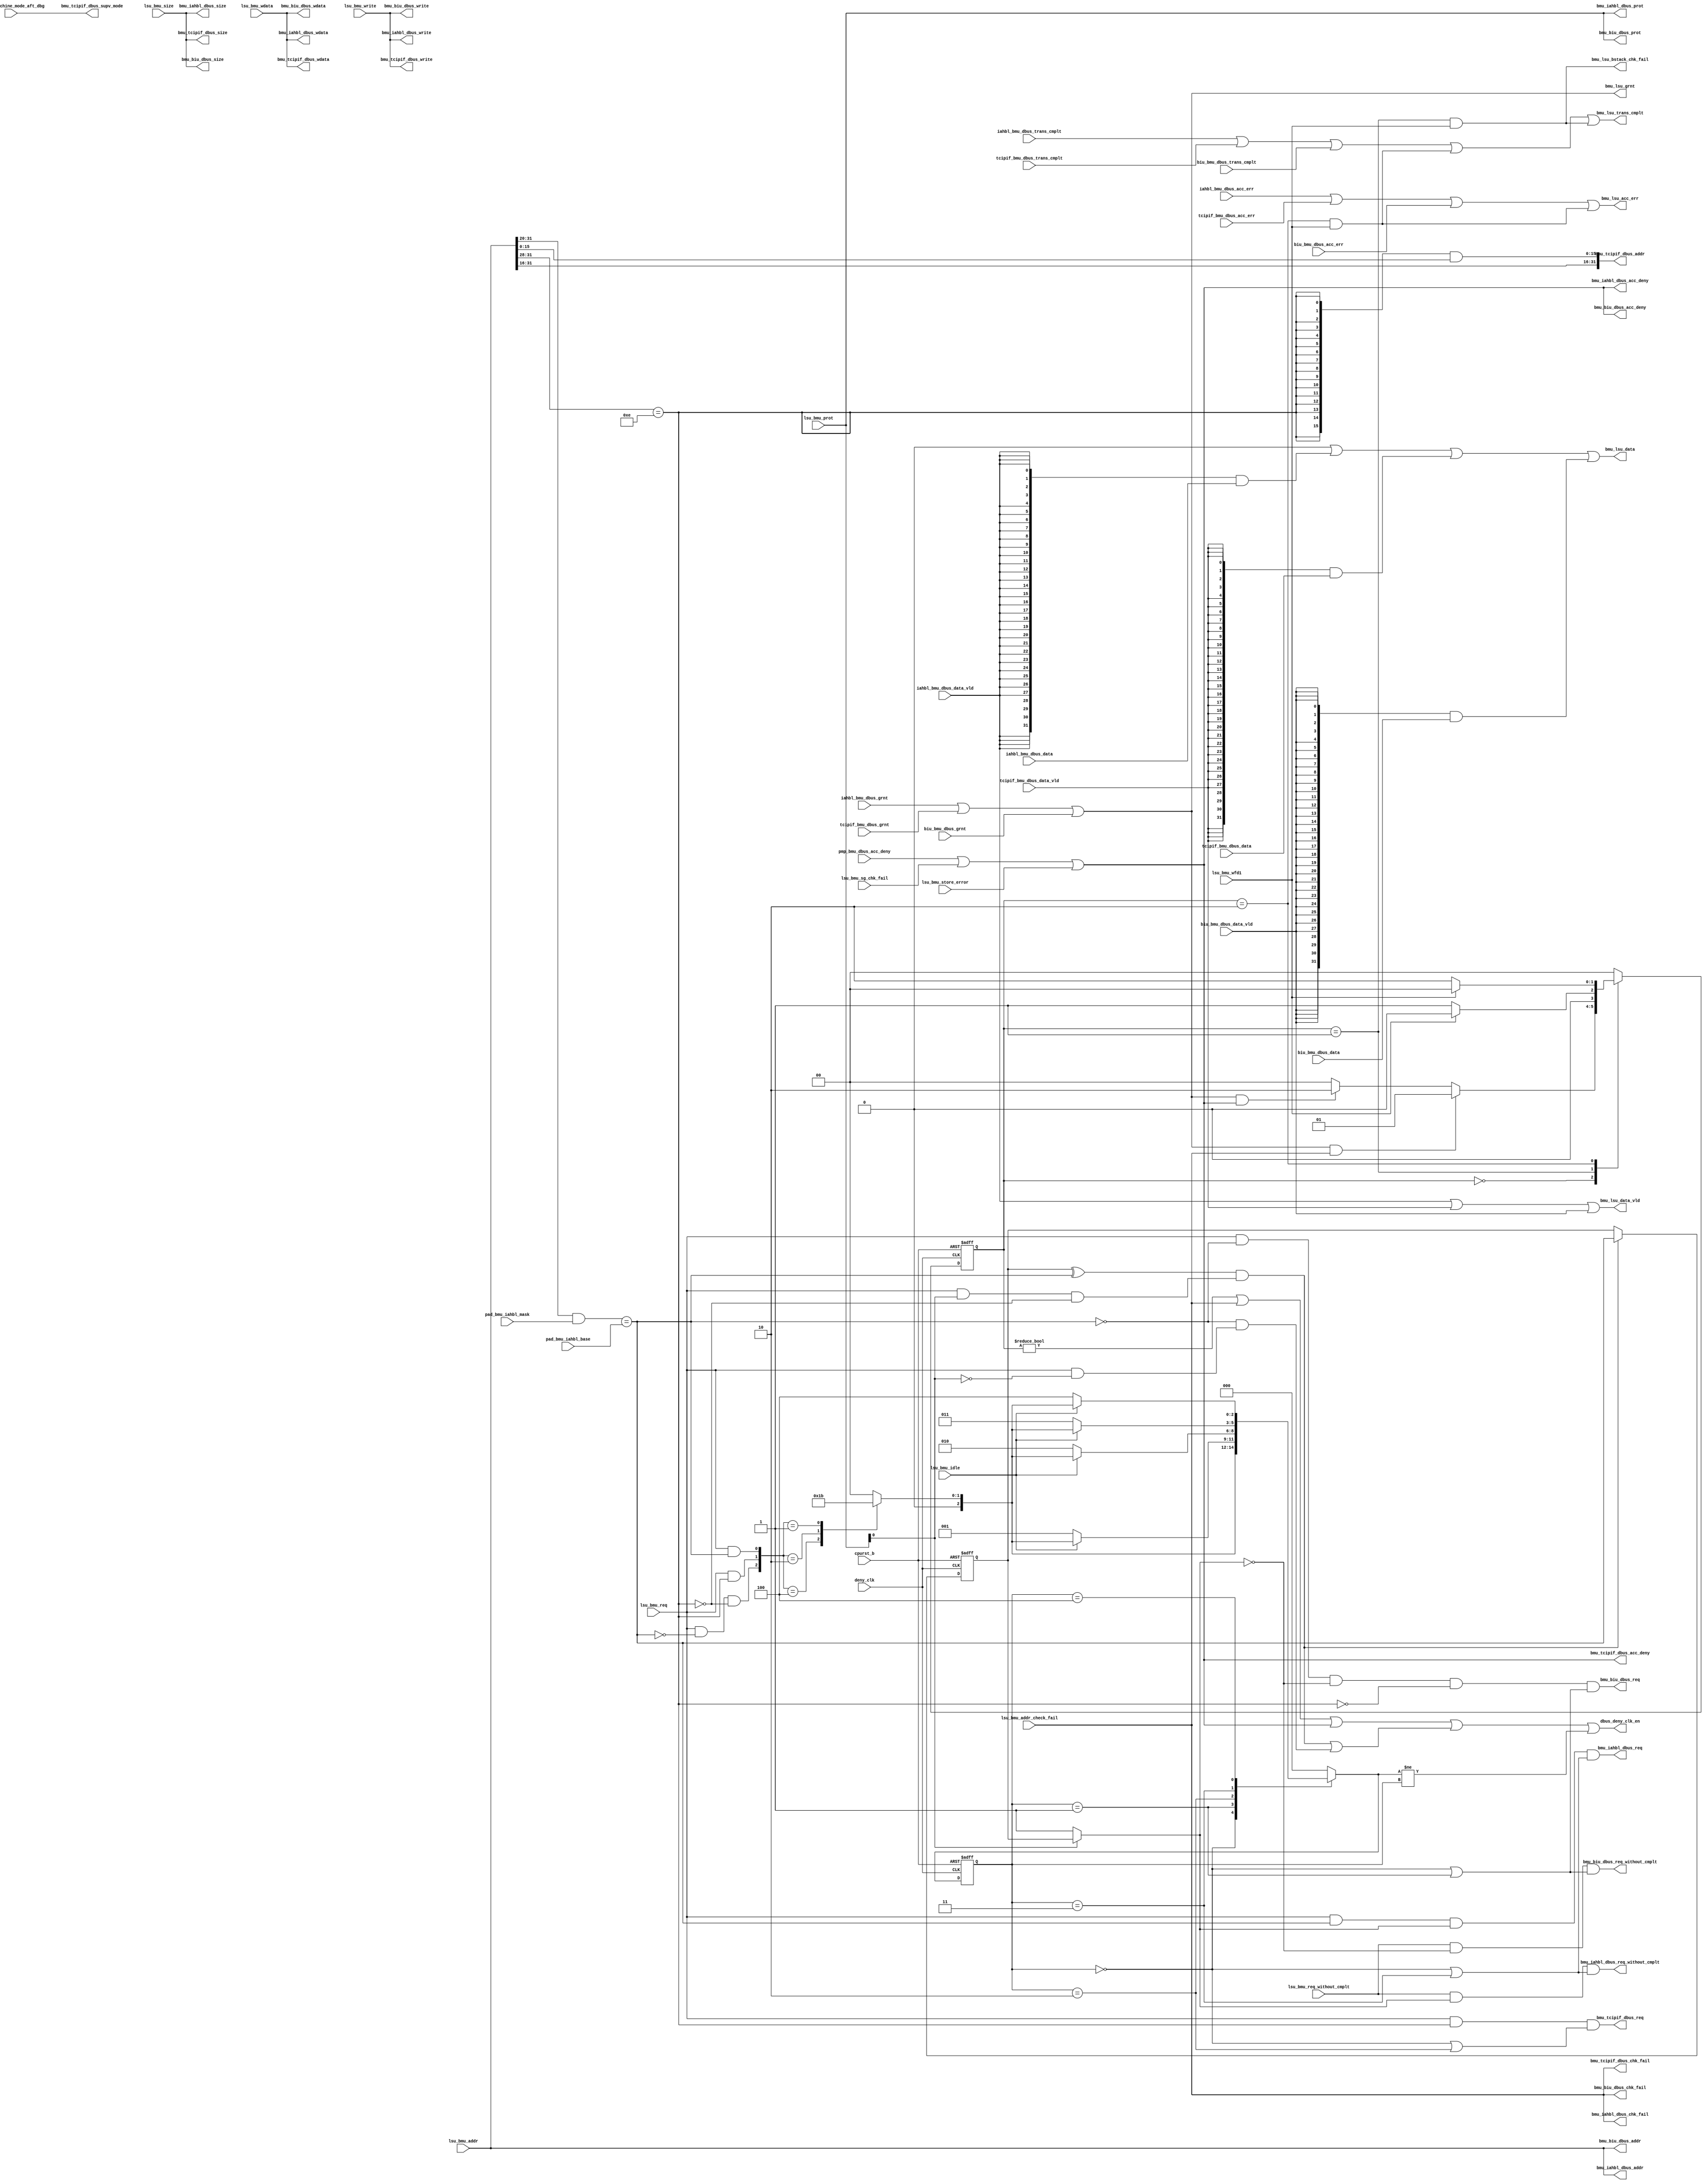
/*Copyright 2018-2021 T-Head Semiconductor Co., Ltd.

Licensed under the Apache License, Version 2.0 (the "License");
you may not use this file except in compliance with the License.
You may obtain a copy of the License at

    http://www.apache.org/licenses/LICENSE-2.0

Unless required by applicable law or agreed to in writing, software
distributed under the License is distributed on an "AS IS" BASIS,
WITHOUT WARRANTIES OR CONDITIONS OF ANY KIND, either express or implied.
See the License for the specific language governing permissions and
limitations under the License.
*/
module cr_bmu_dbus_if(
  biu_bmu_dbus_acc_err,
  biu_bmu_dbus_data,
  biu_bmu_dbus_data_vld,
  biu_bmu_dbus_grnt,
  biu_bmu_dbus_trans_cmplt,
  bmu_biu_dbus_acc_deny,
  bmu_biu_dbus_addr,
  bmu_biu_dbus_chk_fail,
  bmu_biu_dbus_prot,
  bmu_biu_dbus_req,
  bmu_biu_dbus_req_without_cmplt,
  bmu_biu_dbus_size,
  bmu_biu_dbus_wdata,
  bmu_biu_dbus_write,
  bmu_iahbl_dbus_acc_deny,
  bmu_iahbl_dbus_addr,
  bmu_iahbl_dbus_chk_fail,
  bmu_iahbl_dbus_prot,
  bmu_iahbl_dbus_req,
  bmu_iahbl_dbus_req_without_cmplt,
  bmu_iahbl_dbus_size,
  bmu_iahbl_dbus_wdata,
  bmu_iahbl_dbus_write,
  bmu_lsu_acc_err,
  bmu_lsu_bstack_chk_fail,
  bmu_lsu_data,
  bmu_lsu_data_vld,
  bmu_lsu_grnt,
  bmu_lsu_trans_cmplt,
  bmu_tcipif_dbus_acc_deny,
  bmu_tcipif_dbus_addr,
  bmu_tcipif_dbus_chk_fail,
  bmu_tcipif_dbus_req,
  bmu_tcipif_dbus_size,
  bmu_tcipif_dbus_supv_mode,
  bmu_tcipif_dbus_wdata,
  bmu_tcipif_dbus_write,
  cp0_yy_machine_mode_aft_dbg,
  cpurst_b,
  dbus_deny_clk_en,
  deny_clk,
  iahbl_bmu_dbus_acc_err,
  iahbl_bmu_dbus_data,
  iahbl_bmu_dbus_data_vld,
  iahbl_bmu_dbus_grnt,
  iahbl_bmu_dbus_trans_cmplt,
  lsu_bmu_addr,
  lsu_bmu_addr_check_fail,
  lsu_bmu_idle,
  lsu_bmu_prot,
  lsu_bmu_req,
  lsu_bmu_req_without_cmplt,
  lsu_bmu_sg_chk_fail,
  lsu_bmu_size,
  lsu_bmu_store_error,
  lsu_bmu_wdata,
  lsu_bmu_wfd1,
  lsu_bmu_write,
  pad_bmu_iahbl_base,
  pad_bmu_iahbl_mask,
  pmp_bmu_dbus_acc_deny,
  tcipif_bmu_dbus_acc_err,
  tcipif_bmu_dbus_data,
  tcipif_bmu_dbus_data_vld,
  tcipif_bmu_dbus_grnt,
  tcipif_bmu_dbus_trans_cmplt
);

// &Ports; @25
input           biu_bmu_dbus_acc_err;            
input   [31:0]  biu_bmu_dbus_data;               
input           biu_bmu_dbus_data_vld;           
input           biu_bmu_dbus_grnt;               
input           biu_bmu_dbus_trans_cmplt;        
input           cp0_yy_machine_mode_aft_dbg;     
input           cpurst_b;                        
input           deny_clk;                        
input           iahbl_bmu_dbus_acc_err;          
input   [31:0]  iahbl_bmu_dbus_data;             
input           iahbl_bmu_dbus_data_vld;         
input           iahbl_bmu_dbus_grnt;             
input           iahbl_bmu_dbus_trans_cmplt;      
input   [31:0]  lsu_bmu_addr;                    
input           lsu_bmu_addr_check_fail;         
input           lsu_bmu_idle;                    
input   [3 :0]  lsu_bmu_prot;                    
input           lsu_bmu_req;                     
input           lsu_bmu_req_without_cmplt;       
input           lsu_bmu_sg_chk_fail;             
input   [1 :0]  lsu_bmu_size;                    
input           lsu_bmu_store_error;             
input   [31:0]  lsu_bmu_wdata;                   
input           lsu_bmu_wfd1;                    
input           lsu_bmu_write;                   
input   [11:0]  pad_bmu_iahbl_base;              
input   [11:0]  pad_bmu_iahbl_mask;              
input           pmp_bmu_dbus_acc_deny;           
input           tcipif_bmu_dbus_acc_err;         
input   [31:0]  tcipif_bmu_dbus_data;            
input           tcipif_bmu_dbus_data_vld;        
input           tcipif_bmu_dbus_grnt;            
input           tcipif_bmu_dbus_trans_cmplt;     
output          bmu_biu_dbus_acc_deny;           
output  [31:0]  bmu_biu_dbus_addr;               
output          bmu_biu_dbus_chk_fail;           
output  [3 :0]  bmu_biu_dbus_prot;               
output          bmu_biu_dbus_req;                
output          bmu_biu_dbus_req_without_cmplt;  
output  [1 :0]  bmu_biu_dbus_size;               
output  [31:0]  bmu_biu_dbus_wdata;              
output          bmu_biu_dbus_write;              
output          bmu_iahbl_dbus_acc_deny;         
output  [31:0]  bmu_iahbl_dbus_addr;             
output          bmu_iahbl_dbus_chk_fail;         
output  [3 :0]  bmu_iahbl_dbus_prot;             
output          bmu_iahbl_dbus_req;              
output          bmu_iahbl_dbus_req_without_cmplt; 
output  [1 :0]  bmu_iahbl_dbus_size;             
output  [31:0]  bmu_iahbl_dbus_wdata;            
output          bmu_iahbl_dbus_write;            
output          bmu_lsu_acc_err;                 
output          bmu_lsu_bstack_chk_fail;         
output  [31:0]  bmu_lsu_data;                    
output          bmu_lsu_data_vld;                
output          bmu_lsu_grnt;                    
output          bmu_lsu_trans_cmplt;             
output          bmu_tcipif_dbus_acc_deny;        
output  [31:0]  bmu_tcipif_dbus_addr;            
output          bmu_tcipif_dbus_chk_fail;        
output          bmu_tcipif_dbus_req;             
output  [1 :0]  bmu_tcipif_dbus_size;            
output          bmu_tcipif_dbus_supv_mode;       
output  [31:0]  bmu_tcipif_dbus_wdata;           
output          bmu_tcipif_dbus_write;           
output          dbus_deny_clk_en;                

// &Regs; @26
reg     [2 :0]  cross_cur_st;                    
reg     [2 :0]  cross_nxt_st;                    
reg     [1 :0]  cur_state;                       
reg             iahbl_norm_hit_ff;               
reg     [1 :0]  next_state;                      
reg     [2 :0]  req_bus;                         

// &Wires; @27
wire            acc_deny;                        
wire            acc_err_for_deny;                
wire            biu_bmu_dbus_acc_err;            
wire    [31:0]  biu_bmu_dbus_data;               
wire            biu_bmu_dbus_data_vld;           
wire            biu_bmu_dbus_grnt;               
wire            biu_bmu_dbus_trans_cmplt;        
wire            biu_data_vld;                    
wire            bmu_biu_dbus_acc_deny;           
wire    [31:0]  bmu_biu_dbus_addr;               
wire            bmu_biu_dbus_chk_fail;           
wire    [3 :0]  bmu_biu_dbus_prot;               
wire            bmu_biu_dbus_req;                
wire            bmu_biu_dbus_req_without_cmplt;  
wire    [1 :0]  bmu_biu_dbus_size;               
wire    [31:0]  bmu_biu_dbus_wdata;              
wire            bmu_biu_dbus_write;              
wire            bmu_iahbl_dbus_acc_deny;         
wire    [31:0]  bmu_iahbl_dbus_addr;             
wire            bmu_iahbl_dbus_chk_fail;         
wire    [3 :0]  bmu_iahbl_dbus_prot;             
wire            bmu_iahbl_dbus_req;              
wire            bmu_iahbl_dbus_req_without_cmplt; 
wire    [1 :0]  bmu_iahbl_dbus_size;             
wire    [31:0]  bmu_iahbl_dbus_wdata;            
wire            bmu_iahbl_dbus_write;            
wire            bmu_lsu_acc_err;                 
wire            bmu_lsu_bstack_chk_fail;         
wire    [31:0]  bmu_lsu_data;                    
wire            bmu_lsu_data_vld;                
wire            bmu_lsu_grnt;                    
wire            bmu_lsu_trans_cmplt;             
wire            bmu_tcipif_dbus_acc_deny;        
wire    [31:0]  bmu_tcipif_dbus_addr;            
wire            bmu_tcipif_dbus_chk_fail;        
wire            bmu_tcipif_dbus_req;             
wire    [1 :0]  bmu_tcipif_dbus_size;            
wire            bmu_tcipif_dbus_supv_mode;       
wire    [31:0]  bmu_tcipif_dbus_wdata;           
wire            bmu_tcipif_dbus_write;           
wire            bstck_chk_fail;                  
wire            cp0_yy_machine_mode_aft_dbg;     
wire            cpurst_b;                        
wire            cross_fsm_upd;                   
wire            cross_iahbl;                     
wire            cross_idle;                      
wire            cross_sahbl;                     
wire            cross_tcip;                      
wire            dahbl_bmu_dbus_acc_err;          
wire    [31:0]  dahbl_bmu_dbus_data;             
wire            dahbl_bmu_dbus_data_vld;         
wire            dahbl_bmu_dbus_grnt;             
wire            dahbl_bmu_dbus_trans_cmplt;      
wire            dahbl_data_vld;                  
wire            dahbl_hit;                       
wire            dahbl_hit_ff;                    
wire            dahbl_hit_upd;                   
wire            dahbl_req;                       
wire            dbus_deny_clk_en;                
wire            dbus_grnt;                       
wire            deny_clk;                        
wire            iahbl_bmu_dbus_acc_err;          
wire    [31:0]  iahbl_bmu_dbus_data;             
wire            iahbl_bmu_dbus_data_vld;         
wire            iahbl_bmu_dbus_grnt;             
wire            iahbl_bmu_dbus_trans_cmplt;      
wire            iahbl_data_vld;                  
wire            iahbl_hit;                       
wire            iahbl_hit_ff;                    
wire            iahbl_hit_upd;                   
wire            iahbl_lrw_hit;                   
wire            iahbl_lrw_hit_ff;                
wire            iahbl_lrw_hit_upd;               
wire            iahbl_norm_hit_upd;              
wire            iahbl_req;                       
wire            iahbl_vld;                       
wire    [31:0]  lsu_bmu_addr;                    
wire            lsu_bmu_addr_check_fail;         
wire            lsu_bmu_idle;                    
wire    [3 :0]  lsu_bmu_prot;                    
wire            lsu_bmu_req;                     
wire            lsu_bmu_req_without_cmplt;       
wire            lsu_bmu_sg_chk_fail;             
wire    [1 :0]  lsu_bmu_size;                    
wire            lsu_bmu_store_error;             
wire    [31:0]  lsu_bmu_wdata;                   
wire            lsu_bmu_wfd1;                    
wire            lsu_bmu_write;                   
wire            lsu_inst_lrw;                    
wire            lsu_inst_norm;                   
wire    [11:0]  pad_bmu_iahbl_base;              
wire    [11:0]  pad_bmu_iahbl_mask;              
wire            pmp_bmu_dbus_acc_deny;           
wire            sahbl_req;                       
wire            sahbl_vld;                       
wire            tcip_req;                        
wire            tcip_vld;                        
wire    [15:0]  tcipif_addr_low;                 
wire            tcipif_bmu_dbus_acc_err;         
wire    [31:0]  tcipif_bmu_dbus_data;            
wire            tcipif_bmu_dbus_data_vld;        
wire            tcipif_bmu_dbus_grnt;            
wire            tcipif_bmu_dbus_trans_cmplt;     
wire            tcipif_data_vld;                 
wire            tcipif_hit;                      


//parameter DAHBL_BASE  = 3'b001;
parameter TCIPIF_BASE = 4'b1110;

assign acc_deny =  pmp_bmu_dbus_acc_deny 
                || lsu_bmu_sg_chk_fail
                || lsu_bmu_store_error;
//==========================================================
//      compare base address with ahbl base addr
//==========================================================
assign lsu_inst_norm = lsu_bmu_req & lsu_bmu_prot[0] & !tcipif_hit;
assign lsu_inst_lrw  = lsu_bmu_req & !lsu_bmu_prot[0];

assign dahbl_hit     = 1'b0;
assign dahbl_hit_ff  = 1'b0;
assign dahbl_hit_upd = 1'b0;

assign iahbl_hit = ((lsu_bmu_addr[31:20] & pad_bmu_iahbl_mask[11:0]) == pad_bmu_iahbl_base[11:0]);
assign iahbl_lrw_hit = iahbl_hit;

assign iahbl_norm_hit_upd = (iahbl_norm_hit_ff ^ iahbl_hit) & lsu_inst_norm;
always @(posedge deny_clk or negedge cpurst_b)
begin
  if(!cpurst_b)
    iahbl_norm_hit_ff <= 1'b0;
  else if(iahbl_norm_hit_upd)
    iahbl_norm_hit_ff <= iahbl_hit;
  else
    iahbl_norm_hit_ff <= iahbl_norm_hit_ff;
end

assign iahbl_lrw_hit_upd = (iahbl_lrw_hit_ff ^ iahbl_lrw_hit) & lsu_inst_lrw;
//always @(posedge deny_clk or negedge cpurst_b)
//begin
//  if(!cpurst_b)
//    iahbl_lrw_hit_ff <= 1'b1;
//  else if(iahbl_lrw_hit_upd)
//    iahbl_lrw_hit_ff <= iahbl_lrw_hit;
//  else
//    iahbl_lrw_hit_ff <= iahbl_lrw_hit_ff;
//end
assign iahbl_lrw_hit_ff = 1'b1;
assign iahbl_hit_ff  = !lsu_bmu_prot[0] ? iahbl_lrw_hit_ff : iahbl_norm_hit_ff;
assign iahbl_hit_upd = iahbl_norm_hit_upd || iahbl_lrw_hit_upd;

//==========================================================
//                    cross bus req judgement & mask
//==========================================================
// cross FSM: Cross IDLE, SysAHBL, TCIP, IAHBL, DAHBL
parameter CIDLE = 3'b000;
parameter SAHBL = 3'b001;
parameter CTCIP = 3'b010;
parameter IAHBL = 3'b011;
parameter DAHBL = 3'b100;

always @(posedge deny_clk or negedge cpurst_b)
begin
  if(!cpurst_b)
    cross_cur_st[2:0] <= CIDLE;
  else
    cross_cur_st[2:0] <= cross_nxt_st[2:0];
end

assign sahbl_req = lsu_bmu_req && !iahbl_hit && !dahbl_hit && !tcipif_hit;
assign iahbl_req = lsu_bmu_req &&  iahbl_hit;
assign dahbl_req = lsu_bmu_req &&  dahbl_hit;
assign tcip_req  = lsu_bmu_req && tcipif_hit;
assign cross_fsm_upd = cross_nxt_st[2:0] != cross_cur_st[2:0];

// &CombBeg; @139
always @( sahbl_req
       or iahbl_req
       or dahbl_req
       or tcip_req)
begin
case({sahbl_req, tcip_req, iahbl_req, dahbl_req})
  4'b1000:
    req_bus[2:0] = SAHBL;
  4'b0100:
    req_bus[2:0] = CTCIP;
  4'b0010:
    req_bus[2:0] = IAHBL;
  4'b0001:
    req_bus[2:0] = DAHBL;
  default:
    req_bus[2:0] = CIDLE;
endcase
// &CombEnd; @152
end

// &CombBeg; @154
always @( sahbl_req
       or lsu_bmu_idle
       or req_bus
       or dahbl_req
       or iahbl_req
       or tcip_req
       or cross_cur_st)
begin
case(cross_cur_st)
  CIDLE:
  begin
    case({sahbl_req, tcip_req, iahbl_req, dahbl_req})
      4'b1000:
        cross_nxt_st = SAHBL;
      4'b0100:
        cross_nxt_st = CTCIP;
      4'b0010:
        cross_nxt_st = IAHBL;
      4'b0001:
        cross_nxt_st = DAHBL;
      default:
        cross_nxt_st = CIDLE;
    endcase
  end
  SAHBL:
  begin
    if(lsu_bmu_idle)
      cross_nxt_st = req_bus;
    else
      cross_nxt_st = SAHBL;
  end
  CTCIP:
  begin
    if(lsu_bmu_idle)
      cross_nxt_st = req_bus;
    else
      cross_nxt_st = CTCIP;
  end
  IAHBL:
  begin
    if(lsu_bmu_idle)
      cross_nxt_st = req_bus;
    else
      cross_nxt_st = IAHBL;
  end
  DAHBL:
  begin
    if(lsu_bmu_idle)
      cross_nxt_st = req_bus;
    else
      cross_nxt_st = DAHBL;
  end
  default:
  begin
    cross_nxt_st = CIDLE;
  end
endcase
// &CombEnd; @204
end

assign cross_idle  = cross_cur_st == CIDLE;
assign cross_sahbl = cross_cur_st == SAHBL;

assign sahbl_vld = cross_idle || cross_sahbl;
assign cross_tcip  = cross_cur_st == CTCIP;
assign tcip_vld    = cross_idle || cross_tcip;
assign cross_iahbl = cross_cur_st == IAHBL;
assign iahbl_vld   = cross_idle || cross_iahbl;

//==========================================================
//                    request to AHBLite Interface
//==========================================================
// &Force("input","lsu_bmu_wdata"); @226
// &Force("bus","lsu_bmu_wdata",31,0); @227
// &Force("input","lsu_bmu_wdata_pol"); @229

//interface to DLITE
assign dahbl_bmu_dbus_acc_err     = 1'b0;
assign dahbl_bmu_dbus_data[31:0]  = 32'b0;
assign dahbl_bmu_dbus_data_vld    = 1'b0;
assign dahbl_bmu_dbus_grnt        = 1'b0;
assign dahbl_bmu_dbus_trans_cmplt = 1'b0;

//interface to ILTE
assign bmu_iahbl_dbus_req         = lsu_bmu_req & iahbl_hit & iahbl_hit_ff
                                  & iahbl_vld;
assign bmu_iahbl_dbus_req_without_cmplt = lsu_bmu_req_without_cmplt
                                          & iahbl_hit_ff & iahbl_vld;
assign bmu_iahbl_dbus_acc_deny    = acc_deny;
assign bmu_iahbl_dbus_chk_fail    = lsu_bmu_addr_check_fail;
assign bmu_iahbl_dbus_write       = lsu_bmu_write;
assign bmu_iahbl_dbus_size[1:0]   = lsu_bmu_size[1:0];

assign bmu_iahbl_dbus_wdata[31:0] = lsu_bmu_wdata[31:0];
assign bmu_iahbl_dbus_addr[31:0]  = lsu_bmu_addr[31:0];
assign bmu_iahbl_dbus_prot[3:0]   = lsu_bmu_prot[3:0]; 

//==========================================================
//                    request to system register file
//==========================================================
assign tcipif_hit = (lsu_bmu_addr[31:28] == TCIPIF_BASE);
assign bmu_tcipif_dbus_req         = lsu_bmu_req & tcipif_hit & tcip_vld;
assign bmu_tcipif_dbus_acc_deny    = acc_deny;
assign bmu_tcipif_dbus_chk_fail    = lsu_bmu_addr_check_fail;
assign bmu_tcipif_dbus_write       = lsu_bmu_write;
assign bmu_tcipif_dbus_size[1:0]   = lsu_bmu_size[1:0];
assign bmu_tcipif_dbus_supv_mode   = cp0_yy_machine_mode_aft_dbg;
assign bmu_tcipif_dbus_wdata[31:0] = lsu_bmu_wdata[31:0];
assign tcipif_addr_low[15:0]       = {16{tcipif_hit}}
                                     & lsu_bmu_addr[15:0];
assign bmu_tcipif_dbus_addr[31:0]  = {lsu_bmu_addr[31:16],
                                      tcipif_addr_low[15:0]};

//==========================================================
//                    request to system bus
//==========================================================
assign bmu_biu_dbus_req         = lsu_bmu_req & ~iahbl_hit & ~dahbl_hit
                               & ~iahbl_hit_ff & ~dahbl_hit_ff
                               & ~tcipif_hit & sahbl_vld;
assign bmu_biu_dbus_req_without_cmplt = lsu_bmu_req_without_cmplt 
                                     & ~iahbl_hit_ff & ~dahbl_hit_ff 
                                     & sahbl_vld;
assign bmu_biu_dbus_acc_deny    = acc_deny;
assign bmu_biu_dbus_chk_fail    = lsu_bmu_addr_check_fail;
assign bmu_biu_dbus_write       = lsu_bmu_write;
assign bmu_biu_dbus_size[1:0]   = lsu_bmu_size[1:0];

assign bmu_biu_dbus_wdata[31:0] = lsu_bmu_wdata[31:0];

assign bmu_biu_dbus_addr[31:0]  = lsu_bmu_addr[31:0];
assign bmu_biu_dbus_prot[3:0]   = lsu_bmu_prot[3:0]; 


//==========================================================
//                BMU ACK to LSU
//==========================================================
assign dbus_grnt        = dahbl_bmu_dbus_grnt  |
                          iahbl_bmu_dbus_grnt  |
                          tcipif_bmu_dbus_grnt |
                          biu_bmu_dbus_grnt;
assign bmu_lsu_grnt = dbus_grnt;

//the deny info
//the check fail info
parameter IDLE        = 2'b00;
parameter BSTACK_FAIL = 2'b01;
parameter DENY        = 2'b10;
assign dbus_deny_clk_en = (cur_state != IDLE)
                       || lsu_bmu_addr_check_fail
                       || acc_deny 
                       || iahbl_hit_upd
                       || dahbl_hit_upd
                       || cross_fsm_upd;

//            &Force("nonport","dbus_deny_clk_en"); @410
always @(posedge deny_clk or negedge cpurst_b)
begin
  if(!cpurst_b)
    cur_state[1:0] <= IDLE;
  else
    cur_state[1:0] <= next_state[1:0];
end

// &CombBeg; @424
always @( cur_state
       or dbus_grnt
       or acc_deny
       or lsu_bmu_wfd1
       or lsu_bmu_addr_check_fail)
begin
  case(cur_state)
  IDLE        : if(dbus_grnt && lsu_bmu_addr_check_fail)
                  next_state = BSTACK_FAIL;
                else if(dbus_grnt && acc_deny)
                  next_state = DENY;
                else
                  next_state = IDLE;
  BSTACK_FAIL : if(lsu_bmu_wfd1)  
                  next_state = IDLE;
                else
                  next_state = BSTACK_FAIL;
  DENY        : if(lsu_bmu_wfd1)  
                  next_state = IDLE;
                else
                  next_state = DENY;
  default     :   next_state = IDLE;
  endcase
// &CombEnd; @442
end

assign bstck_chk_fail   = (cur_state == BSTACK_FAIL) && lsu_bmu_wfd1;
assign acc_err_for_deny = (cur_state == DENY) && lsu_bmu_wfd1;


// &Force("output","bmu_lsu_trans_cmplt"); @448
assign bmu_lsu_trans_cmplt = dahbl_bmu_dbus_trans_cmplt  |
                             iahbl_bmu_dbus_trans_cmplt  |
                             tcipif_bmu_dbus_trans_cmplt |
                             biu_bmu_dbus_trans_cmplt    |
                             acc_err_for_deny |
                             bstck_chk_fail;

assign bmu_lsu_data_vld    = dahbl_bmu_dbus_data_vld  |
                             iahbl_bmu_dbus_data_vld  |
                             tcipif_bmu_dbus_data_vld |
                             biu_bmu_dbus_data_vld;

assign dahbl_data_vld = dahbl_bmu_dbus_data_vld;
assign iahbl_data_vld = iahbl_bmu_dbus_data_vld;
assign biu_data_vld   = biu_bmu_dbus_data_vld;
assign tcipif_data_vld = tcipif_bmu_dbus_data_vld;

assign bmu_lsu_data[31:0]  = ({32{dahbl_data_vld}}  & dahbl_bmu_dbus_data[31:0])  |
                             ({32{iahbl_data_vld}}  & iahbl_bmu_dbus_data[31:0])  |
                             ({32{tcipif_data_vld}} & tcipif_bmu_dbus_data[31:0]) |
                             ({32{biu_data_vld}}    & biu_bmu_dbus_data[31:0]);


assign bmu_lsu_acc_err     = dahbl_bmu_dbus_acc_err  |
                             iahbl_bmu_dbus_acc_err  |
                             tcipif_bmu_dbus_acc_err |
                             biu_bmu_dbus_acc_err    |
                             acc_err_for_deny;

assign bmu_lsu_bstack_chk_fail = bstck_chk_fail;


// &ModuleEnd; @487
endmodule